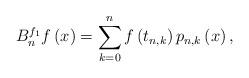
LaTeX: \begin{align*}B_{n}^{f_1}f\left( x\right) =\sum_{k=0}^{n}f\left( t_{n,k}\right)p_{n,k}\left( x\right), \end{align*}